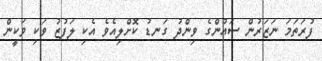
ފުރަތަމަ ނަޒަރުން ސައުންގެ ވިންދު ގަނޑު ކޮށްލިއެވެ އެކި ލަފުޒު ވަކި ވަކީން